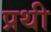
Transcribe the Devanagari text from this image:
प्रथी